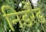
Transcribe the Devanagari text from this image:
निडर्रैड